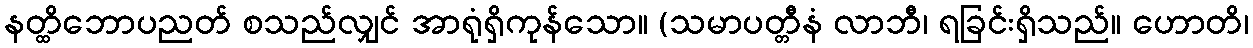
နတ္ထိဘောပညတ် စသည်လျှင် အာရုံရှိကုန်သော။ (သမာပတ္တီနံ လာဘီ၊ ရခြင်းရှိသည်။ ဟောတိ၊